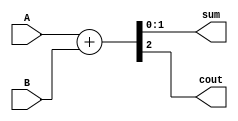
`timescale 1ns / 1ps
//////////////////////////////////////////////////////////////////////////////////
// Company: 
// Engineer: 
// 
// Design Name: 
// Module Name:    problema4 
// Project Name: 
// Target Devices: 
// Tool versions: 
// Description: 
//		Disear un circuito half adder de 2 bits.
// Dependencies: 
//
// Revision: 
// Revision 0.01 - File Created
// Additional Comments: 
//
//////////////////////////////////////////////////////////////////////////////////
module problema4
#(parameter N=1)
(
	input [N:0] A,
	input [N:0] B,
	output reg [N:0] sum,
	output reg cout
);

always@(*)
begin
	{cout, sum} = A + B;
end

endmodule